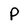
Character: P